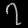
Digit: ၇